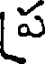
ప